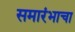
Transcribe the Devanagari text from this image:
समारंभाचा